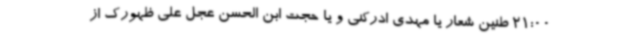
21:00 طنین شعار یا مهدی ادرکنی و یا حجت ابن الحسن عجل علی ظهورک از